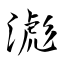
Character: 滮